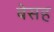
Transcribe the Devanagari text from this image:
बेसह